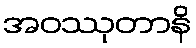
အဝဿုတာနိ